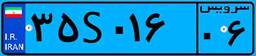
۳۵S۰۱۶۰۶